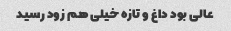
عالی بود داغ و تازه خیلی هم زود رسید